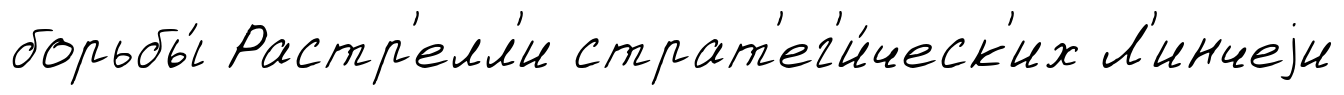
борьбы́ Растр'елл'и страт'ег'и́ческ'их Л'инчеjи